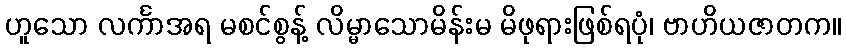
ဟူသော လင်္ကာအရ မစင်စွန့် လိမ္မာသောမိန်းမ မိဖုရားဖြစ်ရပုံ၊ ဗာဟိယဇာတက။